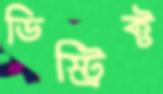
ডিস্ট্রিক্ট